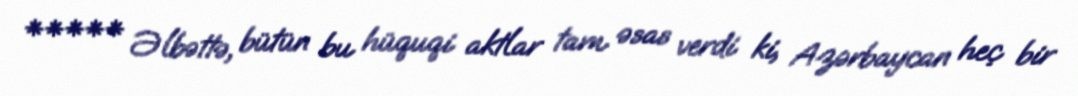
***** Əlbəttə, bütün bu hüquqi aktlar tam əsas verdi ki, Azərbaycan heç bir